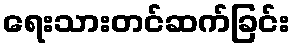
ရေးသားတင်ဆက်ခြင်း